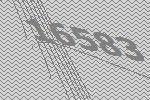
16583